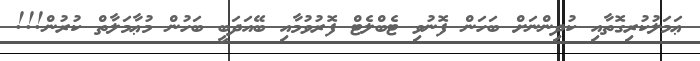
ޢަމަލުކުރިގޮތާއި ކުދިންނަށް ބަހަން ފޮނުވި ޓެބްލެޓް ފޮރުވުމާއި ބޭއަދަބީ ބަހުން މުޢާމަލާތް ކުރުން!!!